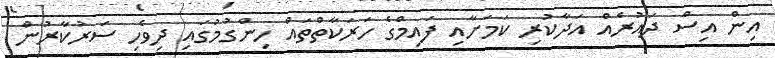
އިން އިސް ދައުރެއް އަދާކުރި ކަމަށާއި ފައިމްގެ ހަރަކާތްތައް ހިންގުމުގައި ދިވެހި ސަރުކާރުން